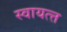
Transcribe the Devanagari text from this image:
स्वायत्त्त